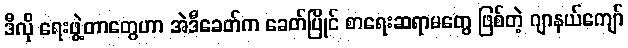
ဒီလို ရေးဖွဲ့တာတွေဟာ အဲဒီခေတ်က ခေတ်ပြိုင် စာရေးဆရာမတွေ ဖြစ်တဲ့ ဂျာနယ်ကျော်